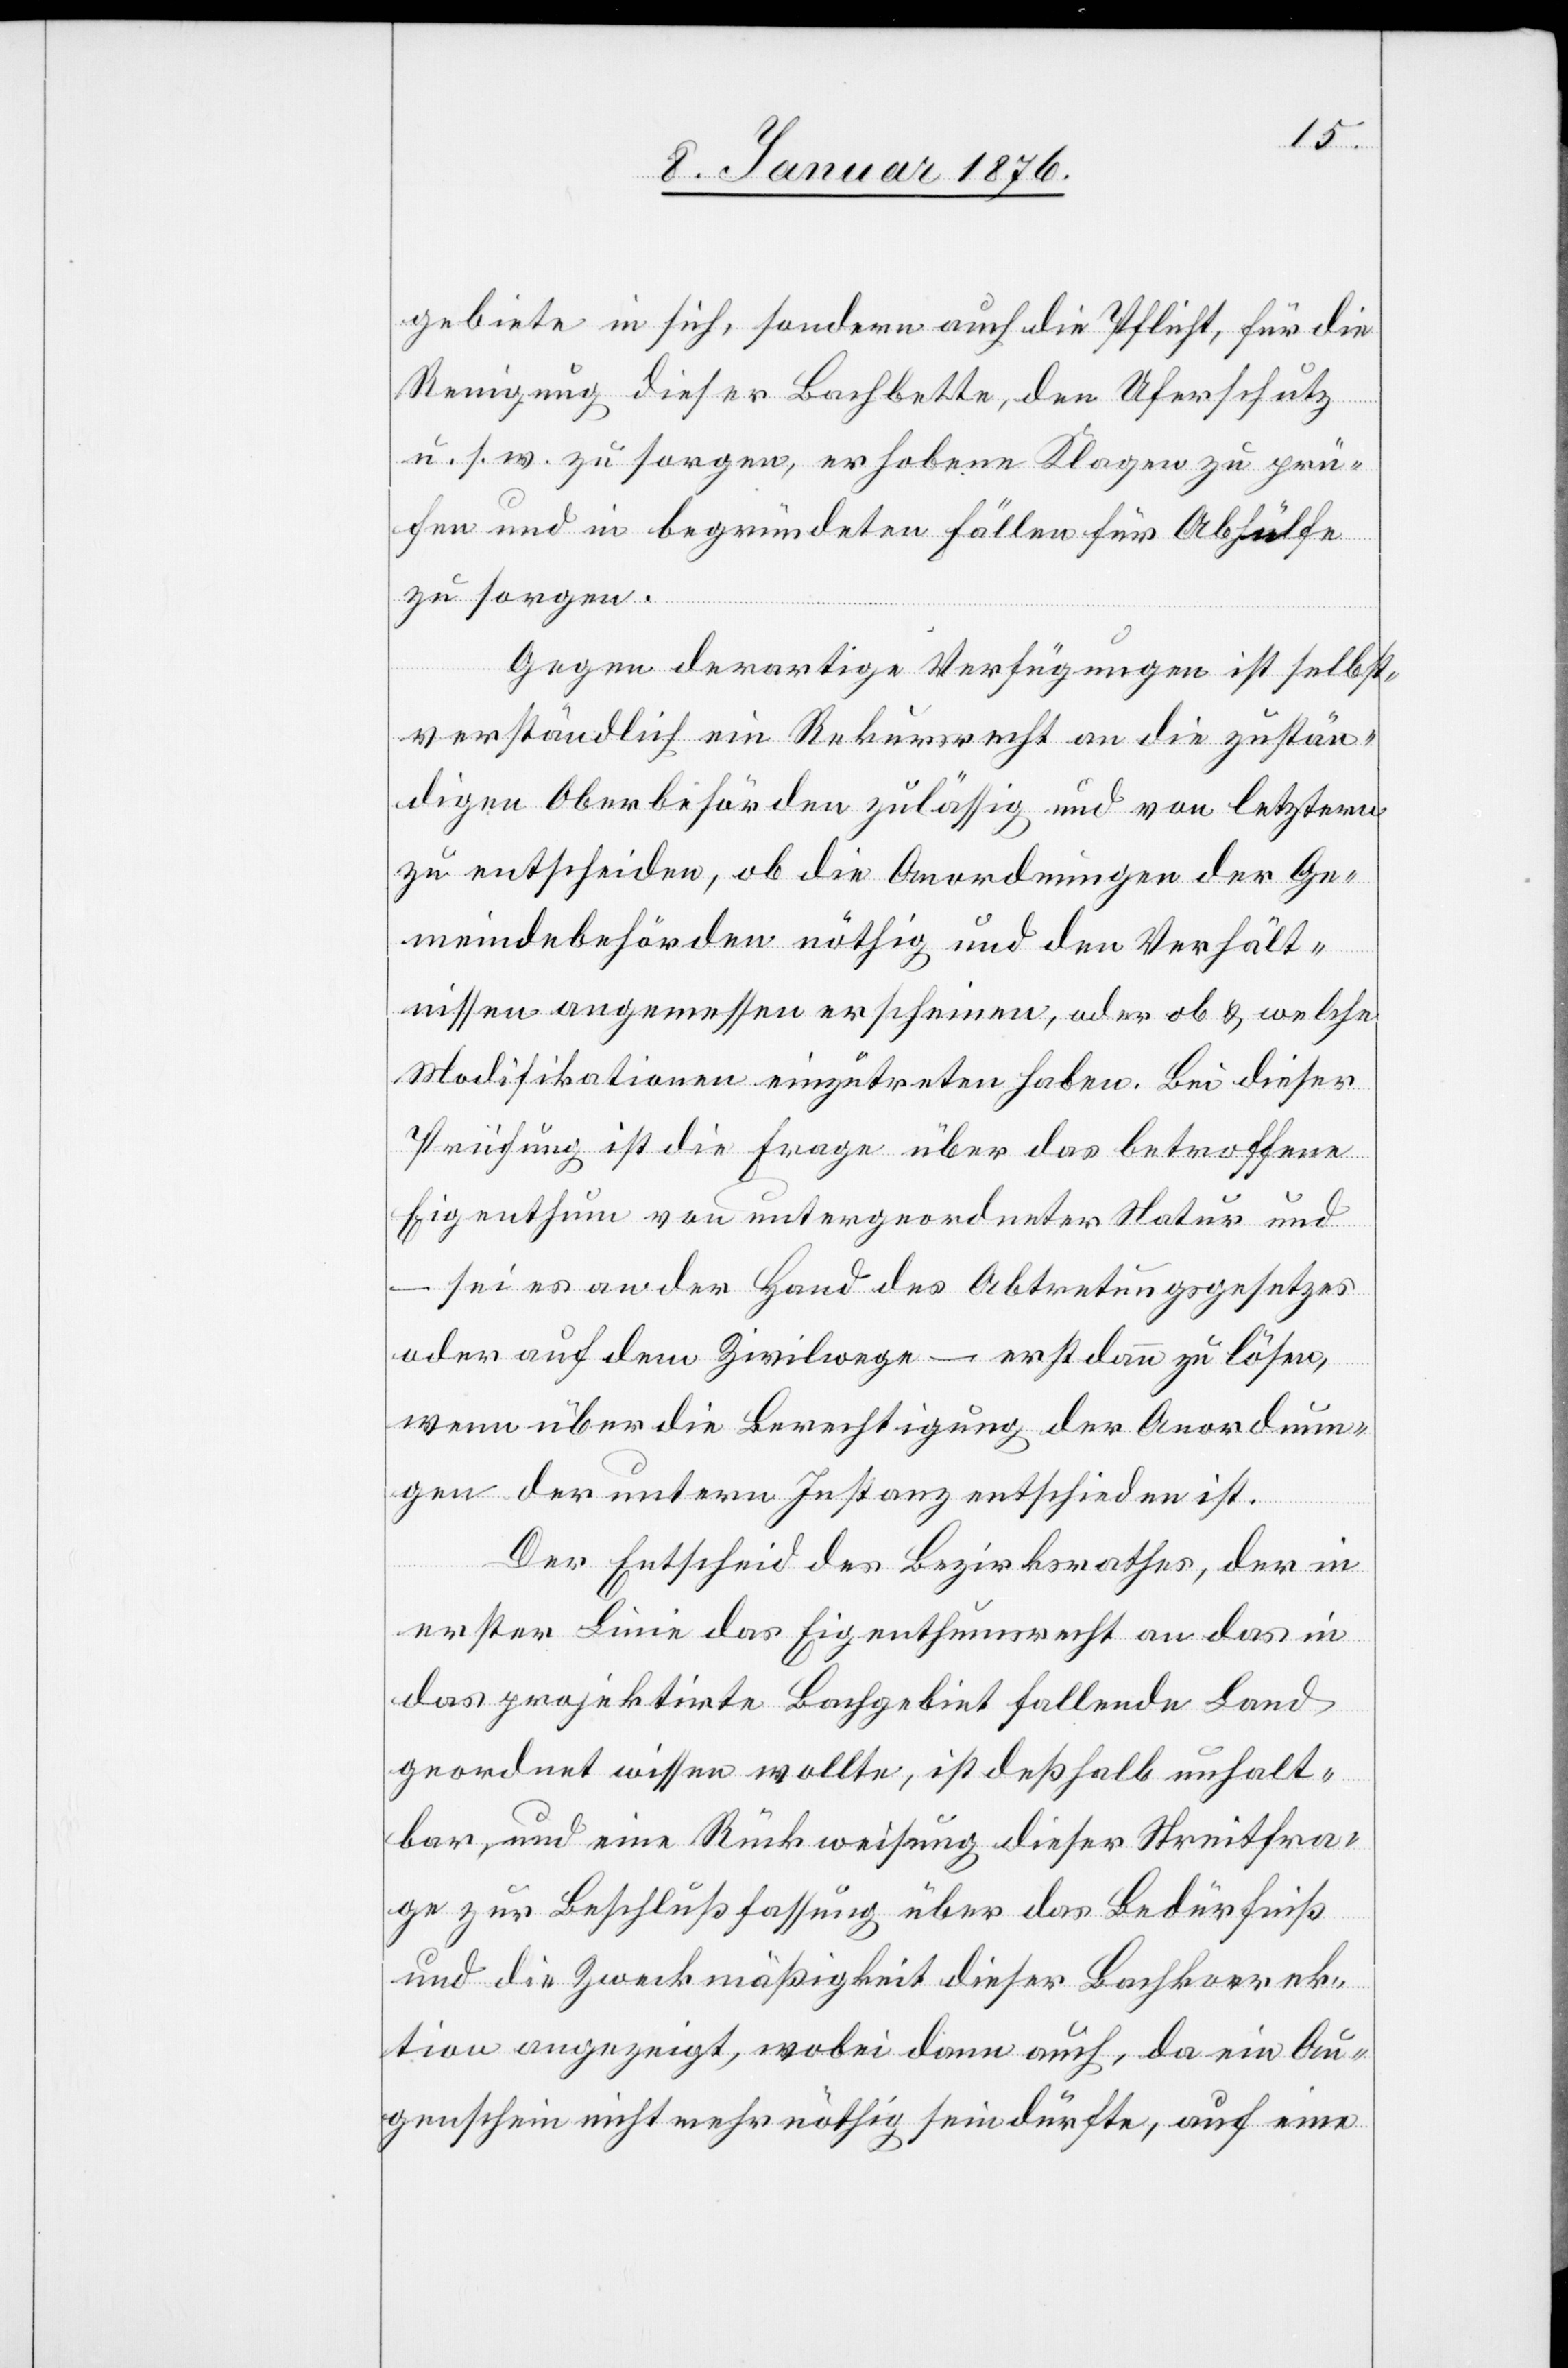
gebiete in sich, sondern auch die Pflicht, für die
Reinigung dieser Bachbette, den Uferschutz
u. s. w. zu sorgen, erhobene Klagen zu prü¬
fen und in begründeten Fällen für Abhülfe
zu sorgen.
Gegen derartige Verfügungen ist selbst¬
verständlich ein Rekursrecht an die zustän¬
digen Oberbehörden zulässig und von letztern
zu entscheiden, ob die Anordnungen der Ge¬
meindebehörden nöthig und den Verhält¬
nissen angemessen erscheinen, oder ob u. welche
Modifikationen eingetreten haben. Bei dieser
Prüfung ist die Frage über das betroffene
Eigenthum von untergeordneter Natur und
– sei es an der Hand des Abtretungsgesetzes
oder auf dem Zivilwege – erst dann zu lösen,
wenn über die Berechtigung der Anordnun¬
gen der untern Instanz entschieden ist.
Der Entscheid des Bezirksrathes, der in
erster Linie das Eigenthumsrecht an das in
das projektirte Bachgebiet fallende Land
geordnet wissen wollte, ist deßhalb unhalt¬
bar und eine Rückweisung dieser Streitfra¬
ge zur Beschlußfassung über das Bedürfniß
und die Zweckmäßigkeit dieser Bachkorrek¬
tion angezeigt, wobei dann auch, da ein Au¬
genschein nicht mehr nöthig sein dürft, auf eine